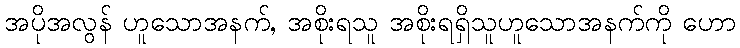
အပိုအလွန် ဟူသောအနက်, အစိုးရသူ အစိုးရရှိသူဟူသောအနက်ကို ဟော